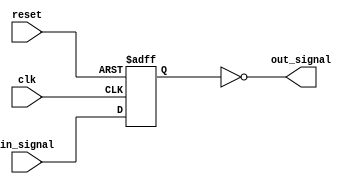
module TimingControlSyncNOR (
    input wire clk,
    input wire reset,
    input wire in_signal,
    output wire out_signal
);

reg delayed_signal;

always @(posedge clk or posedge reset) begin
    if (reset) begin
        delayed_signal <= 1'b0;
    end else begin
        delayed_signal <= in_signal; // Modify delay logic as needed
    end
end

assign out_signal = ~|delayed_signal;

endmodule